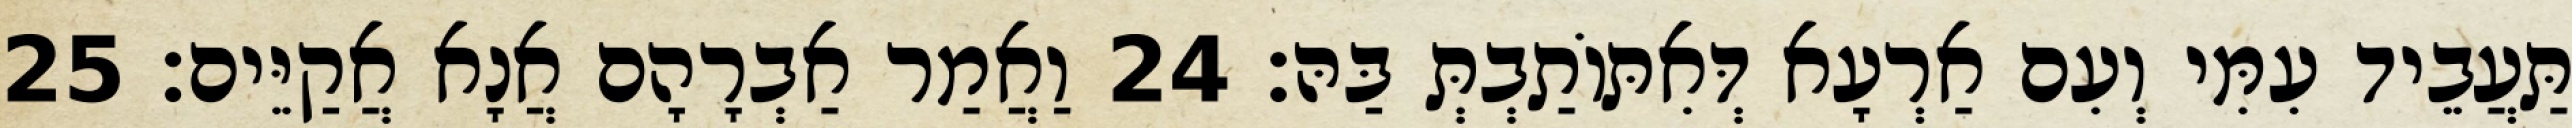
תַּעֲבֵיד עִמִּי וְעִם אַרְעָא דְּאִתּוֹתַבְתְּ בַּהּ׃ 24 וַאֲמַר אַבְרָהָם אֲנָא אֲקַיֵּים׃ 25